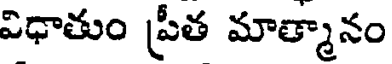
విధాతుం ప్రీత మాత్మానం